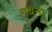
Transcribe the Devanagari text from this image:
गचना